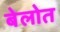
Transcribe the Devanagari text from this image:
बेलोत